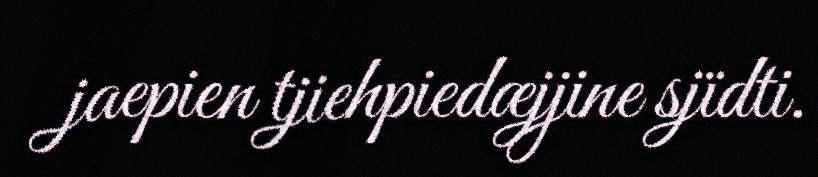
jaepien tjiehpiedæjjine sjïdti.